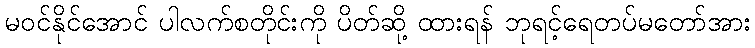
မဝင်နိုင်အောင် ပါလက်စတိုင်းကို ပိတ်ဆို့ ထားရန် ဘုရင့်ရေတပ်မတော်အား